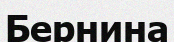
Бернина